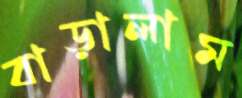
বাড়ালাম